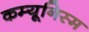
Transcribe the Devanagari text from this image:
कम्यूनिस्म